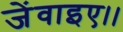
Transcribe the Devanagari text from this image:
जेंवाइए।।